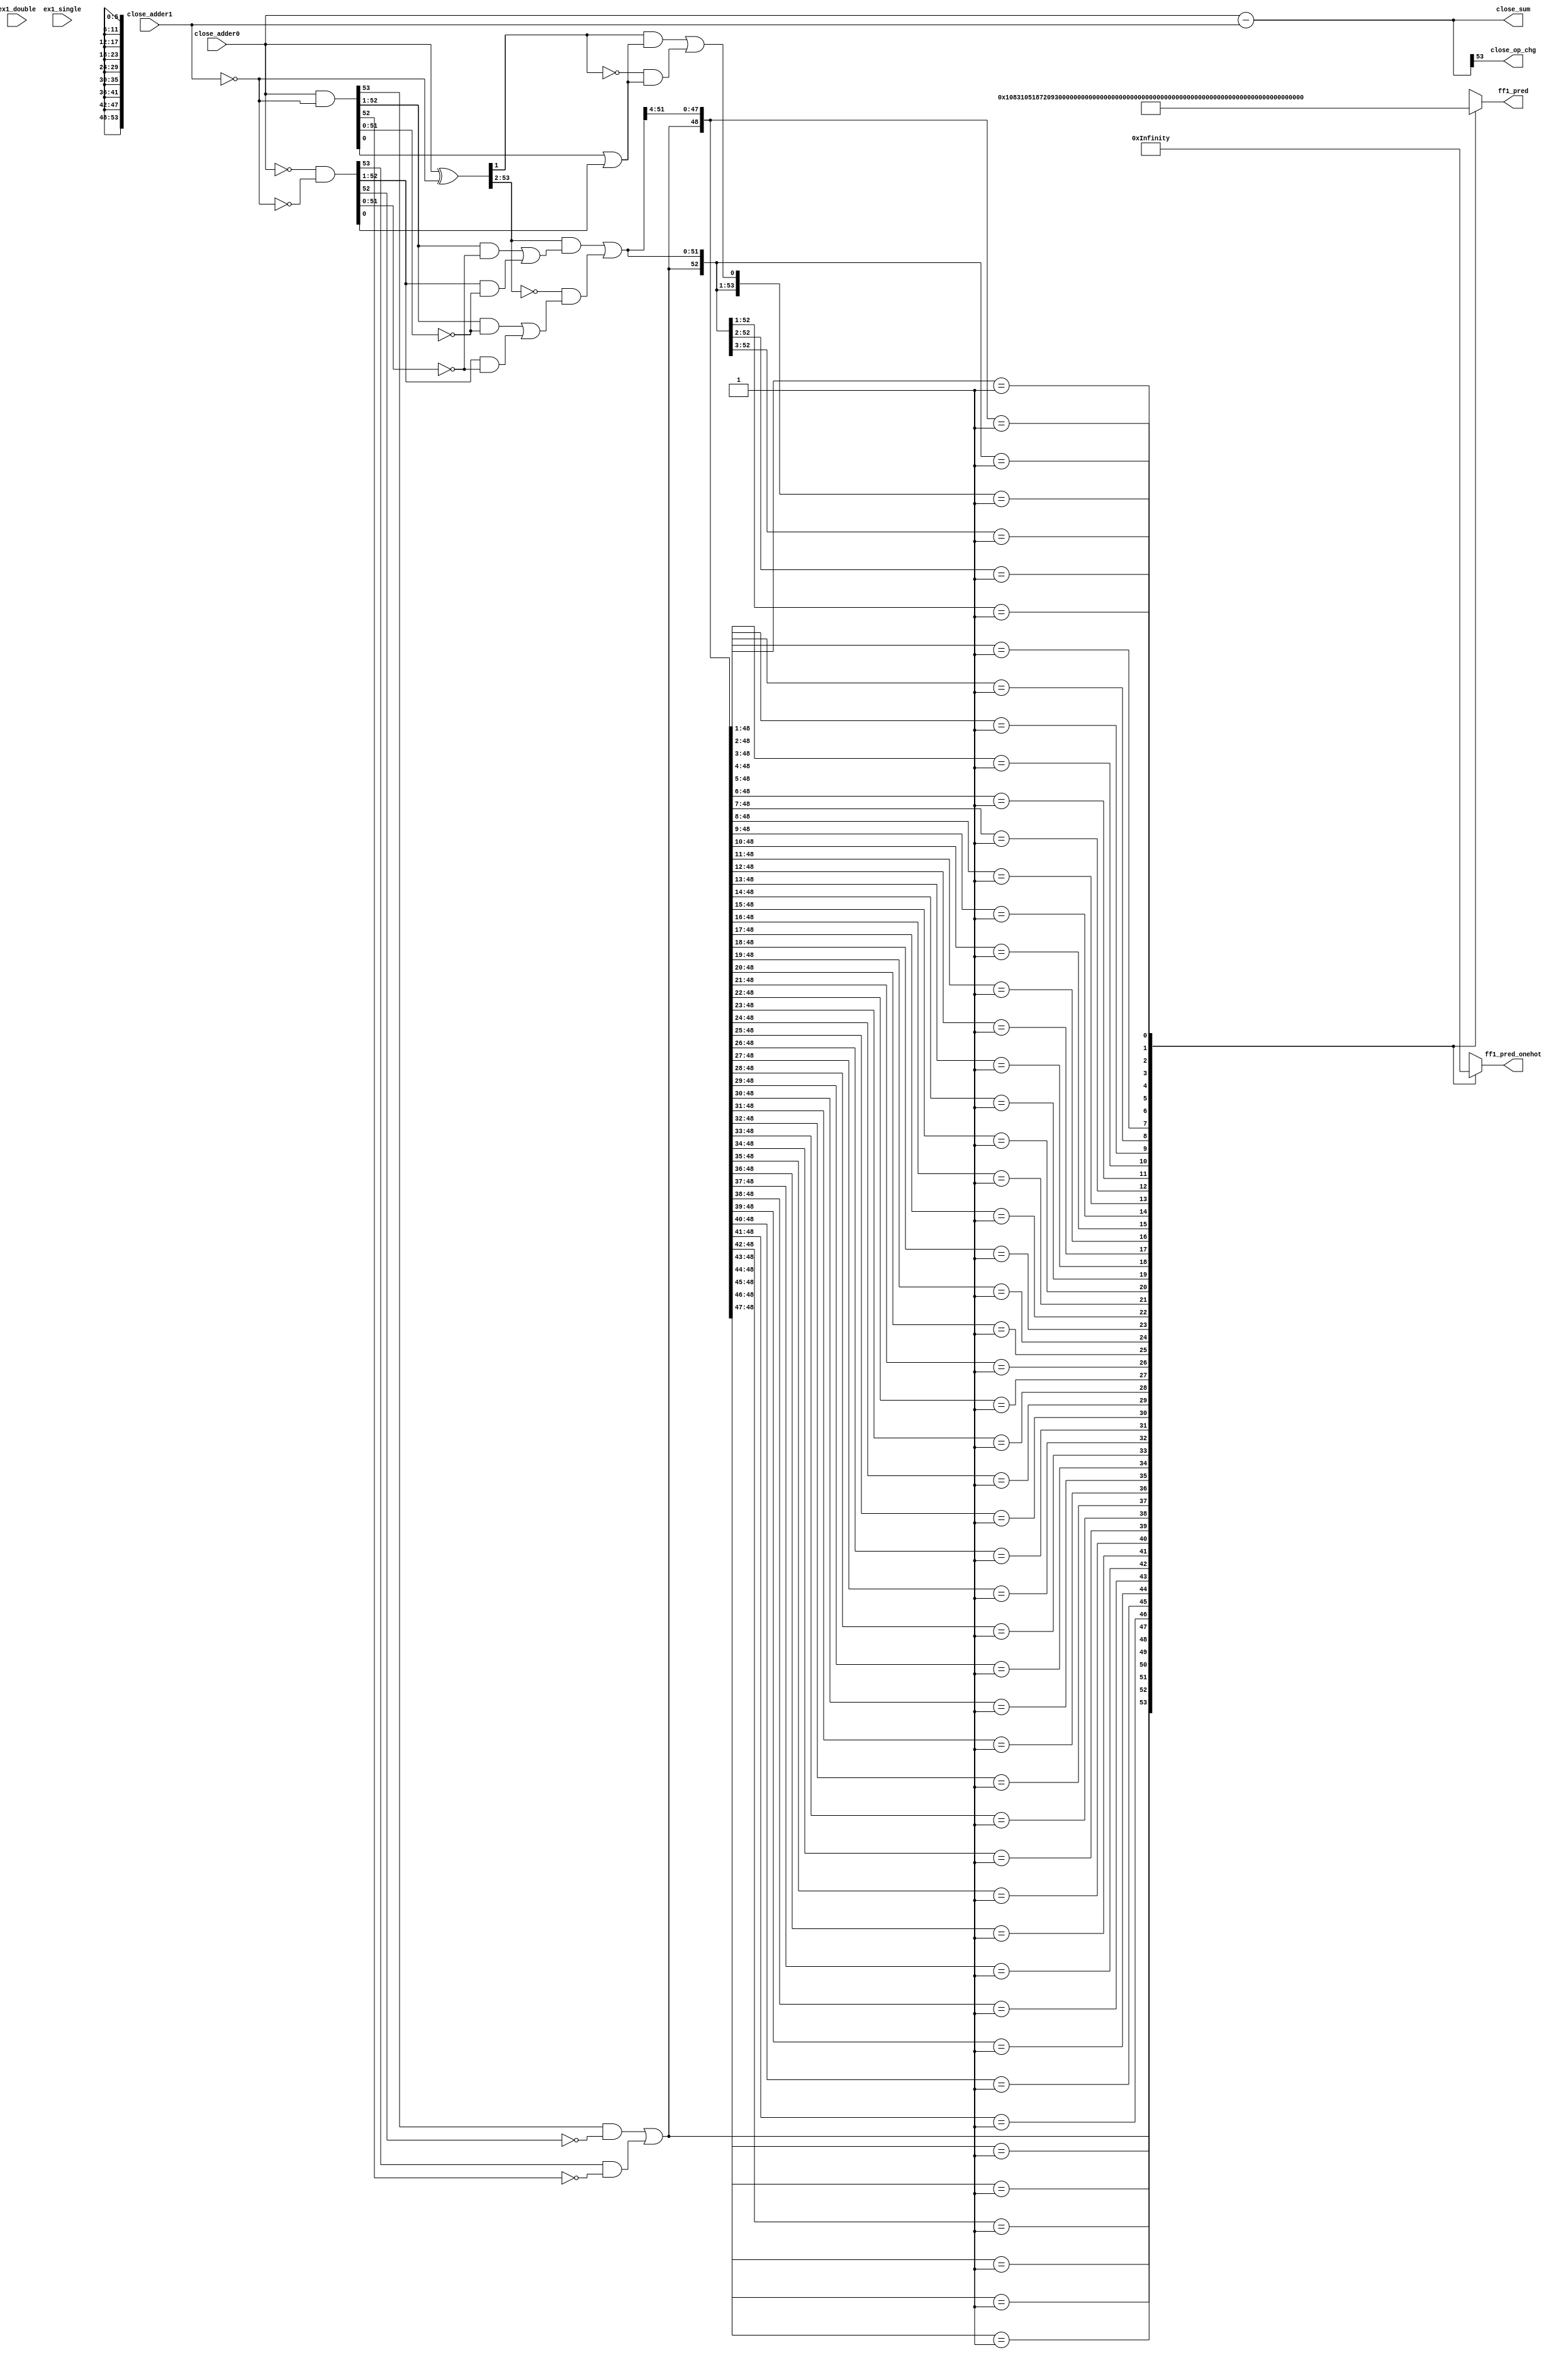
/*Copyright 2019-2021 T-Head Semiconductor Co., Ltd.

Licensed under the Apache License, Version 2.0 (the "License");
you may not use this file except in compliance with the License.
You may obtain a copy of the License at

    http://www.apache.org/licenses/LICENSE-2.0

Unless required by applicable law or agreed to in writing, software
distributed under the License is distributed on an "AS IS" BASIS,
WITHOUT WARRANTIES OR CONDITIONS OF ANY KIND, either express or implied.
See the License for the specific language governing permissions and
limitations under the License.
*/

// &ModuleBeg; @22
module ct_fadd_close_s1_d(
  close_adder0,
  close_adder1,
  close_op_chg,
  close_sum,
  ex1_double,
  ex1_single,
  ff1_pred,
  ff1_pred_onehot
);

// &Ports; @23
input   [53:0]  close_adder0;      
input   [53:0]  close_adder1;      
input           ex1_double;        
input           ex1_single;        
output          close_op_chg;      
output  [53:0]  close_sum;         
output  [5 :0]  ff1_pred;          
output  [53:0]  ff1_pred_onehot;   

// &Regs; @24
reg     [5 :0]  ff1_pred_t0;       
reg     [53:0]  ff1_pred_t0_onehot; 

// &Wires; @25
wire    [53:0]  close_adder0;      
wire    [53:0]  close_adder0_t0;   
wire    [53:0]  close_adder1;      
wire    [53:0]  close_adder1_t0;   
wire    [53:0]  close_ff1_a_t0;    
wire    [53:0]  close_ff1_b_t0;    
wire    [53:0]  close_ff1_c_t0;    
wire    [53:0]  close_ff1_f_t0;    
wire    [53:0]  close_ff1_g_t0;    
wire    [53:0]  close_ff1_t_t0;    
wire    [53:0]  close_ff1_z_t0;    
wire    [53:0]  close_m1_oper2;    
wire            close_op_chg;      
wire    [53:0]  close_sum;         
wire    [53:0]  close_sum_t0;      
wire            ex1_double;        
wire            ex1_single;        
wire    [5 :0]  ff1_pred;          
wire    [53:0]  ff1_pred_onehot;   


//Three Type
//t0 : !src0_e_is_0 && !src1_e_is_0
//t1 : !src0_e_is_0 &&  src1_e_is_0
//t2 :  src0_e_is_0 &&  src1_e_is_0
//assign type0_sel = !src0_e_is_0 && !src1_e_is_0;
//assign type1_sel = !src0_e_is_0 &&  src1_e_is_0;
//assign type2_sel =  src0_e_is_0 &&  src1_e_is_0;

//assign close_sum[53:0]    = {54{type0_sel}} & close_sum_t0[53:0] | 
//                            {54{type1_sel}} & close_sum_t1[53:0] | 
//                            {54{type2_sel}} & close_sum_t2[53:0];
//assign close_sum_m1[53:0] = {54{type0_sel}} & close_sum_m1_t0[53:0] | 
//                            {54{type1_sel}} & close_sum_m1_t1[53:0] | 
//                            {54{type2_sel}} & close_sum_m1_t2[53:0];
//assign ff1_pred[53:0]     = {54{type0_sel}} & ff1_pred_t0_onehot[53:0] | 
//                            {54{type1_sel}} & ff1_pred_t1_onehot[53:0] | 
//                            {54{type2_sel}} & ff1_pred_t2[53:0];                          

assign close_sum[53:0]       = close_sum_t0[53:0];
//assign close_sum_m1[53:0]    = close_sum_m1_t0[53:0];
assign ff1_pred_onehot[53:0] = ff1_pred_t0_onehot[53:0];
assign ff1_pred[5:0]         = ff1_pred_t0[5:0];

assign close_op_chg       = close_sum[53];
// &Force("output","close_sum"); @51

assign close_adder0_t0[53:0] = close_adder0[53:0];
assign close_adder1_t0[53:0] = close_adder1[53:0];
//assign close_adder0_t1[53:0] = close_adder0[53:0];
//assign close_adder1_t1[53:0] = {1'b0, 1'b0, 22'b0, 29'b0};

assign close_m1_oper2[53:0]  = {54{ex1_double}} & 54'b10 |
                               {54{ex1_single}} & {24'b1,30'b0};
// &Force("nonport","close_sum_t0"); @60
// &Force("nonport","close_sum_m1_t0"); @61
// &Force("nonport","close_m1_oper2"); @62
//csky vperl_off
//close_sum0 for F0-F1
assign close_sum_t0[53:0] = $unsigned($signed(close_adder0_t0[53:0]) - $signed(close_adder1_t0[53:0]));
//close_sum0 for F1-F0
//close_sum select, keep sum not negative
//close_sum0_m1
//assign close_sum_m1_t0[53:0] = $unsigned($signed(close_adder0_t0[53:0])
//                                        - $signed(close_adder1_t0[53:0])
//                                        + $signed(close_m1_oper2[53:0]));
//csky vperl_on
//FF1 Logic of Close Path S0
//If predict first 1 set at r[n]
//Actual first 1 may set at r[n+1] or r[n]
//A and B are to oprand
assign close_ff1_a_t0[53:0] = close_adder0_t0[53:0];
assign close_ff1_b_t0[53:0] = close_adder1_t0[53:0];

//C = B && act_add || ~B && act_sub
assign close_ff1_c_t0[53:0] = ~close_ff1_b_t0[53:0];
//T = A^C  G=A&C  Z=(~A)&(~C)
assign close_ff1_t_t0[53:0] = close_ff1_a_t0[53:0] ^ close_ff1_c_t0[53:0];
assign close_ff1_g_t0[53:0] = close_ff1_a_t0[53:0] & close_ff1_c_t0[53:0];
assign close_ff1_z_t0[53:0] = (~close_ff1_a_t0[53:0]) & (~close_ff1_c_t0[53:0]);
//F :
//fn-1 = En[gi(~zi-1) + zi(~gi-1)] + (~En)[gi(~gi-1) + zi(~zi-1)], En=act_sub
//f0   = t1(g0En+z0) + (~t1)(z0En+g0)
//fi   = ti+1[gi(~zi-1) + zi(~gi-1)] + (~ti+1)[gi(~gi-1) + zi(~zi-1)]
assign close_ff1_f_t0[53]   =  ( close_ff1_g_t0[53] & (~close_ff1_z_t0[52])) | 
                               ( close_ff1_z_t0[53] & (~close_ff1_g_t0[52]));
assign close_ff1_f_t0[0]    = (( close_ff1_t_t0[1]) & (close_ff1_g_t0[0] | close_ff1_z_t0[0])) | 
                              ((~close_ff1_t_t0[1]) & (close_ff1_z_t0[0] | close_ff1_g_t0[0]));
assign close_ff1_f_t0[52:1] = (( close_ff1_t_t0[53:2]) & ((close_ff1_g_t0[52:1] & (~close_ff1_z_t0[51:0])) | 
                               ( close_ff1_z_t0[52:1]  & (~close_ff1_g_t0[51:0]))))                     | 
                              ((~close_ff1_t_t0[53:2]) & ((close_ff1_g_t0[52:1] & (~close_ff1_g_t0[51:0])) | 
                               ( close_ff1_z_t0[52:1]  & (~close_ff1_z_t0[51:0]))));                            

// &CombBeg; @99
always @( close_ff1_f_t0[53:0])
begin
casez(close_ff1_f_t0[53:0])
  54'b1????_????????_????????_????????_????????_????????_????????? : begin 
    ff1_pred_t0_onehot[53:0] = 54'b10000_00000000_00000000_00000000_00000000_00000000_000000000; 
    ff1_pred_t0[5:0]         = 6'd0;
  end
  54'b01???_????????_????????_????????_????????_????????_????????? : begin 
    ff1_pred_t0_onehot[53:0] = 54'b01000_00000000_00000000_00000000_00000000_00000000_000000000; 
    ff1_pred_t0[5:0]         = 6'd1;
  end
  54'b001??_????????_????????_????????_????????_????????_????????? : begin 
    ff1_pred_t0_onehot[53:0] = 54'b00100_00000000_00000000_00000000_00000000_00000000_000000000; 
    ff1_pred_t0[5:0]         = 6'd2;
  end
  54'b0001?_????????_????????_????????_????????_????????_????????? : begin 
    ff1_pred_t0_onehot[53:0] = 54'b00010_00000000_00000000_00000000_00000000_00000000_000000000; 
    ff1_pred_t0[5:0]         = 6'd3;
  end
  54'b00001_????????_????????_????????_????????_????????_????????? : begin 
    ff1_pred_t0_onehot[53:0] = 54'b00001_00000000_00000000_00000000_00000000_00000000_000000000; 
    ff1_pred_t0[5:0]         = 6'd4;
  end
  54'b00000_1???????_????????_????????_????????_????????_????????? : begin 
    ff1_pred_t0_onehot[53:0] = 54'b00000_10000000_00000000_00000000_00000000_00000000_000000000; 
    ff1_pred_t0[5:0]         = 6'd5;
  end
  54'b00000_01??????_????????_????????_????????_????????_????????? : begin 
    ff1_pred_t0_onehot[53:0] = 54'b00000_01000000_00000000_00000000_00000000_00000000_000000000; 
    ff1_pred_t0[5:0]         = 6'd6;
  end
  54'b00000_001?????_????????_????????_????????_????????_????????? : begin 
    ff1_pred_t0_onehot[53:0] = 54'b00000_00100000_00000000_00000000_00000000_00000000_000000000; 
    ff1_pred_t0[5:0]         = 6'd7;
  end
  54'b00000_0001????_????????_????????_????????_????????_????????? : begin 
    ff1_pred_t0_onehot[53:0] = 54'b00000_00010000_00000000_00000000_00000000_00000000_000000000; 
    ff1_pred_t0[5:0]         = 6'd8;
  end
  54'b00000_00001???_????????_????????_????????_????????_????????? : begin 
    ff1_pred_t0_onehot[53:0] = 54'b00000_00001000_00000000_00000000_00000000_00000000_000000000; 
    ff1_pred_t0[5:0]         = 6'd9;
  end
  54'b00000_000001??_????????_????????_????????_????????_????????? : begin 
    ff1_pred_t0_onehot[53:0] = 54'b00000_00000100_00000000_00000000_00000000_00000000_000000000; 
    ff1_pred_t0[5:0]         = 6'd10;
  end
  54'b00000_0000001?_????????_????????_????????_????????_????????? : begin 
    ff1_pred_t0_onehot[53:0] = 54'b00000_00000010_00000000_00000000_00000000_00000000_000000000; 
    ff1_pred_t0[5:0]         = 6'd11;
  end
  54'b00000_00000001_????????_????????_????????_????????_????????? : begin 
    ff1_pred_t0_onehot[53:0] = 54'b00000_00000001_00000000_00000000_00000000_00000000_000000000; 
    ff1_pred_t0[5:0]         = 6'd12;
  end
  54'b00000_00000000_1???????_????????_????????_????????_????????? : begin 
    ff1_pred_t0_onehot[53:0] = 54'b00000_00000000_10000000_00000000_00000000_00000000_000000000; 
    ff1_pred_t0[5:0]         = 6'd13;
  end
  54'b00000_00000000_01??????_????????_????????_????????_????????? : begin 
    ff1_pred_t0_onehot[53:0] = 54'b00000_00000000_01000000_00000000_00000000_00000000_000000000; 
    ff1_pred_t0[5:0]         = 6'd14;
  end
  54'b00000_00000000_001?????_????????_????????_????????_????????? : begin 
    ff1_pred_t0_onehot[53:0] = 54'b00000_00000000_00100000_00000000_00000000_00000000_000000000; 
    ff1_pred_t0[5:0]         = 6'd15;
  end
  54'b00000_00000000_0001????_????????_????????_????????_????????? : begin 
    ff1_pred_t0_onehot[53:0] = 54'b00000_00000000_00010000_00000000_00000000_00000000_000000000; 
    ff1_pred_t0[5:0]         = 6'd16;
  end
  54'b00000_00000000_00001???_????????_????????_????????_????????? : begin 
    ff1_pred_t0_onehot[53:0] = 54'b00000_00000000_00001000_00000000_00000000_00000000_000000000; 
    ff1_pred_t0[5:0]         = 6'd17;
  end
  54'b00000_00000000_000001??_????????_????????_????????_????????? : begin 
    ff1_pred_t0_onehot[53:0] = 54'b00000_00000000_00000100_00000000_00000000_00000000_000000000; 
    ff1_pred_t0[5:0]         = 6'd18;
  end
  54'b00000_00000000_0000001?_????????_????????_????????_????????? : begin 
    ff1_pred_t0_onehot[53:0] = 54'b00000_00000000_00000010_00000000_00000000_00000000_000000000; 
    ff1_pred_t0[5:0]         = 6'd19;
  end
  54'b00000_00000000_00000001_????????_????????_????????_????????? : begin 
    ff1_pred_t0_onehot[53:0] = 54'b00000_00000000_00000001_00000000_00000000_00000000_000000000; 
    ff1_pred_t0[5:0]         = 6'd20;
  end
  54'b00000_00000000_00000000_1???????_????????_????????_????????? : begin 
    ff1_pred_t0_onehot[53:0] = 54'b00000_00000000_00000000_10000000_00000000_00000000_000000000; 
    ff1_pred_t0[5:0]         = 6'd21;
  end
  54'b00000_00000000_00000000_01??????_????????_????????_????????? : begin 
    ff1_pred_t0_onehot[53:0] = 54'b00000_00000000_00000000_01000000_00000000_00000000_000000000; 
    ff1_pred_t0[5:0]         = 6'd22;
  end
  54'b00000_00000000_00000000_001?????_????????_????????_????????? : begin 
    ff1_pred_t0_onehot[53:0] = 54'b00000_00000000_00000000_00100000_00000000_00000000_000000000; 
    ff1_pred_t0[5:0]         = 6'd23;
  end
  54'b00000_00000000_00000000_0001????_????????_????????_????????? : begin 
    ff1_pred_t0_onehot[53:0] = 54'b00000_00000000_00000000_00010000_00000000_00000000_000000000; 
    ff1_pred_t0[5:0]         = 6'd24;
  end
  54'b00000_00000000_00000000_00001???_????????_????????_????????? : begin 
    ff1_pred_t0_onehot[53:0] = 54'b00000_00000000_00000000_00001000_00000000_00000000_000000000; 
    ff1_pred_t0[5:0]         = 6'd25;
  end
  54'b00000_00000000_00000000_000001??_????????_????????_????????? : begin 
    ff1_pred_t0_onehot[53:0] = 54'b00000_00000000_00000000_00000100_00000000_00000000_000000000; 
    ff1_pred_t0[5:0]         = 6'd26;
  end
  54'b00000_00000000_00000000_0000001?_????????_????????_????????? : begin 
    ff1_pred_t0_onehot[53:0] = 54'b00000_00000000_00000000_00000010_00000000_00000000_000000000; 
    ff1_pred_t0[5:0]         = 6'd27;
  end
  54'b00000_00000000_00000000_00000001_????????_????????_????????? : begin 
    ff1_pred_t0_onehot[53:0] = 54'b00000_00000000_00000000_00000001_00000000_00000000_000000000; 
    ff1_pred_t0[5:0]         = 6'd28;
  end
  54'b00000_00000000_00000000_00000000_1???????_????????_????????? : begin 
    ff1_pred_t0_onehot[53:0] = 54'b00000_00000000_00000000_00000000_10000000_00000000_000000000; 
    ff1_pred_t0[5:0]         = 6'd29;
  end
  54'b00000_00000000_00000000_00000000_01??????_????????_????????? : begin 
    ff1_pred_t0_onehot[53:0] = 54'b00000_00000000_00000000_00000000_01000000_00000000_000000000; 
    ff1_pred_t0[5:0]         = 6'd30;
  end
  54'b00000_00000000_00000000_00000000_001?????_????????_????????? : begin 
    ff1_pred_t0_onehot[53:0] = 54'b00000_00000000_00000000_00000000_00100000_00000000_000000000; 
    ff1_pred_t0[5:0]         = 6'd31;
  end
  54'b00000_00000000_00000000_00000000_0001????_????????_????????? : begin 
    ff1_pred_t0_onehot[53:0] = 54'b00000_00000000_00000000_00000000_00010000_00000000_000000000; 
    ff1_pred_t0[5:0]         = 6'd32;
  end
  54'b00000_00000000_00000000_00000000_00001???_????????_????????? : begin 
    ff1_pred_t0_onehot[53:0] = 54'b00000_00000000_00000000_00000000_00001000_00000000_000000000; 
    ff1_pred_t0[5:0]         = 6'd33;
  end
  54'b00000_00000000_00000000_00000000_000001??_????????_????????? : begin 
    ff1_pred_t0_onehot[53:0] = 54'b00000_00000000_00000000_00000000_00000100_00000000_000000000; 
    ff1_pred_t0[5:0]         = 6'd34;
  end
  54'b00000_00000000_00000000_00000000_0000001?_????????_????????? : begin 
    ff1_pred_t0_onehot[53:0] = 54'b00000_00000000_00000000_00000000_00000010_00000000_000000000; 
    ff1_pred_t0[5:0]         = 6'd35;
  end
  54'b00000_00000000_00000000_00000000_00000001_????????_????????? : begin 
    ff1_pred_t0_onehot[53:0] = 54'b00000_00000000_00000000_00000000_00000001_00000000_000000000; 
    ff1_pred_t0[5:0]         = 6'd36;
  end
  54'b00000_00000000_00000000_00000000_00000000_1???????_????????? : begin 
    ff1_pred_t0_onehot[53:0] = 54'b00000_00000000_00000000_00000000_00000000_10000000_000000000; 
    ff1_pred_t0[5:0]         = 6'd37;
  end
  54'b00000_00000000_00000000_00000000_00000000_01??????_????????? : begin 
    ff1_pred_t0_onehot[53:0] = 54'b00000_00000000_00000000_00000000_00000000_01000000_000000000; 
    ff1_pred_t0[5:0]         = 6'd38;
  end
  54'b00000_00000000_00000000_00000000_00000000_001?????_????????? : begin 
    ff1_pred_t0_onehot[53:0] = 54'b00000_00000000_00000000_00000000_00000000_00100000_000000000; 
    ff1_pred_t0[5:0]         = 6'd39;
  end
  54'b00000_00000000_00000000_00000000_00000000_0001????_????????? : begin 
    ff1_pred_t0_onehot[53:0] = 54'b00000_00000000_00000000_00000000_00000000_00010000_000000000; 
    ff1_pred_t0[5:0]         = 6'd40;
  end
  54'b00000_00000000_00000000_00000000_00000000_00001???_????????? : begin 
    ff1_pred_t0_onehot[53:0] = 54'b00000_00000000_00000000_00000000_00000000_00001000_000000000; 
    ff1_pred_t0[5:0]         = 6'd41;
  end
  54'b00000_00000000_00000000_00000000_00000000_000001??_????????? : begin 
    ff1_pred_t0_onehot[53:0] = 54'b00000_00000000_00000000_00000000_00000000_00000100_000000000; 
    ff1_pred_t0[5:0]         = 6'd42;
  end
  54'b00000_00000000_00000000_00000000_00000000_0000001?_????????? : begin 
    ff1_pred_t0_onehot[53:0] = 54'b00000_00000000_00000000_00000000_00000000_00000010_000000000; 
    ff1_pred_t0[5:0]         = 6'd43;
  end
  54'b00000_00000000_00000000_00000000_00000000_00000001_????????? : begin 
    ff1_pred_t0_onehot[53:0] = 54'b00000_00000000_00000000_00000000_00000000_00000001_000000000; 
    ff1_pred_t0[5:0]         = 6'd44;
  end
  54'b00000_00000000_00000000_00000000_00000000_00000000_1???????? : begin 
    ff1_pred_t0_onehot[53:0] = 54'b00000_00000000_00000000_00000000_00000000_00000000_100000000; 
    ff1_pred_t0[5:0]         = 6'd45;
  end
  54'b00000_00000000_00000000_00000000_00000000_00000000_01??????? : begin 
    ff1_pred_t0_onehot[53:0] = 54'b00000_00000000_00000000_00000000_00000000_00000000_010000000; 
    ff1_pred_t0[5:0]         = 6'd46;
  end
  54'b00000_00000000_00000000_00000000_00000000_00000000_001?????? : begin 
    ff1_pred_t0_onehot[53:0] = 54'b00000_00000000_00000000_00000000_00000000_00000000_001000000; 
    ff1_pred_t0[5:0]         = 6'd47;
  end
  54'b00000_00000000_00000000_00000000_00000000_00000000_0001????? : begin 
    ff1_pred_t0_onehot[53:0] = 54'b00000_00000000_00000000_00000000_00000000_00000000_000100000; 
    ff1_pred_t0[5:0]         = 6'd48;
  end
  54'b00000_00000000_00000000_00000000_00000000_00000000_00001???? : begin 
    ff1_pred_t0_onehot[53:0] = 54'b00000_00000000_00000000_00000000_00000000_00000000_000010000; 
    ff1_pred_t0[5:0]         = 6'd49;
  end
  54'b00000_00000000_00000000_00000000_00000000_00000000_000001??? : begin 
    ff1_pred_t0_onehot[53:0] = 54'b00000_00000000_00000000_00000000_00000000_00000000_000001000; 
    ff1_pred_t0[5:0]         = 6'd50;
  end
  54'b00000_00000000_00000000_00000000_00000000_00000000_0000001?? : begin 
    ff1_pred_t0_onehot[53:0] = 54'b00000_00000000_00000000_00000000_00000000_00000000_000000100;
    ff1_pred_t0[5:0]         = 6'd51;
  end
  54'b00000_00000000_00000000_00000000_00000000_00000000_00000001? : begin 
    ff1_pred_t0_onehot[53:0] = 54'b00000_00000000_00000000_00000000_00000000_00000000_000000010;
    ff1_pred_t0[5:0]         = 6'd52;
  end
  54'b00000_00000000_00000000_00000000_00000000_00000000_000000001 : begin 
    ff1_pred_t0_onehot[53:0] = 54'b00000_00000000_00000000_00000000_00000000_00000000_000000001;
    ff1_pred_t0[5:0]         = 6'd53;
  end

  default : begin 
    ff1_pred_t0_onehot[53:0] = {54{1'bx}};
    ff1_pred_t0[5:0]         = {6{1'bx}};
  end
endcase
// &CombEnd; @323
end

////close_sum0 for F0-F1
//assign close_sum_t1[53:0] = close_adder0_t1[53:0] + ~close_adder1_t1[53:0] + 54'b1;
////close_sum0 for F1-F0
////close_sum select, keep sum not negative
////close_sum0_m1
//assign close_sum_m1_t1[53:0] = close_adder0_t1[53:0] + ~close_adder1_t1[53:0];
//
////FF1 Logic of Close Path S0
////If predict first 1 set at r[n]
////Actual first 1 may set at r[n+1] or r[n]
////A and B are to oprand
//assign close_ff1_a_t1[53:0] = close_adder0_t1[53:0];
//assign close_ff1_b_t1[53:0] = close_adder1_t1[53:0];
//
////C = B && act_add || ~B && act_sub
//assign close_ff1_c_t1[53:0] = ~close_ff1_b_t1[53:0];
////T = A^C  G=A&C  Z=(~A)&(~C)
//assign close_ff1_t_t1[53:0] = close_ff1_a_t1[53:0] ^ close_ff1_c_t1[53:0];
//assign close_ff1_g_t1[53:0] = close_ff1_a_t1[53:0] & close_ff1_c_t1[53:0];
//assign close_ff1_z_t1[53:0] = (~close_ff1_a_t1[53:0]) & (~close_ff1_c_t1[53:0]);
////F :
////fn-1 = En[gi(~zi-1) + zi(~gi-1)] + (~En)[gi(~gi-1) + zi(~zi-1)], En=act_sub
////f0   = t1(g0En+z0) + (~t1)(z0En+g0)
////fi   = ti+1[gi(~zi-1) + zi(~gi-1)] + (~ti+1)[gi(~gi-1) + zi(~zi-1)]
//assign close_ff1_f_t1[53]   =  ( close_ff1_g_t1[53] & (~close_ff1_z_t1[52])) | 
//                               ( close_ff1_z_t1[53] & (~close_ff1_g_t1[52]));
//assign close_ff1_f_t1[0]    = (( close_ff1_t_t1[1]) & (close_ff1_g_t1[0] | close_ff1_z_t1[0])) | 
//                              ((~close_ff1_t_t1[1]) & (close_ff1_z_t1[0] | close_ff1_g_t1[0]));
//assign close_ff1_f_t1[52:1] = (( close_ff1_t_t1[53:2]) & ((close_ff1_g_t1[52:1] & (~close_ff1_z_t1[51:0])) | 
//                               ( close_ff1_z_t1[52:1]  & (~close_ff1_g_t1[51:0]))))                        | 
//                              ((~close_ff1_t_t1[53:2]) & ((close_ff1_g_t1[52:1] & (~close_ff1_g_t1[51:0])) | 
//                               ( close_ff1_z_t1[52:1]  & (~close_ff1_z_t1[51:0]))));                            
//
//
//&CombBeg;
//casez(close_ff1_f_t1[53:0])
//  54'b1????_????????_????????_????????_????????_????????_????????? : begin 
//    ff1_pred_t1_onehot[53:0] = 54'b10000_00000000_00000000_00000000_00000000_00000000_000000000; 
//    ff1_pred_t1[5:0]         = 6'd0;
//  end
//  54'b01???_????????_????????_????????_????????_????????_????????? : begin 
//    ff1_pred_t1_onehot[53:0] = 54'b01000_00000000_00000000_00000000_00000000_00000000_000000000; 
//    ff1_pred_t1[5:0]         = 6'd1;
//  end
//  54'b001??_????????_????????_????????_????????_????????_????????? : begin 
//    ff1_pred_t1_onehot[53:0] = 54'b00100_00000000_00000000_00000000_00000000_00000000_000000000; 
//    ff1_pred_t1[5:0]         = 6'd2;
//  end
//  54'b0001?_????????_????????_????????_????????_????????_????????? : begin 
//    ff1_pred_t1_onehot[53:0] = 54'b00010_00000000_00000000_00000000_00000000_00000000_000000000; 
//    ff1_pred_t1[5:0]         = 6'd3;
//  end
//  54'b00001_????????_????????_????????_????????_????????_????????? : begin 
//    ff1_pred_t1_onehot[53:0] = 54'b00001_00000000_00000000_00000000_00000000_00000000_000000000; 
//    ff1_pred_t1[5:0]         = 6'd4;
//  end
//  54'b00000_1???????_????????_????????_????????_????????_????????? : begin 
//    ff1_pred_t1_onehot[53:0] = 54'b00000_10000000_00000000_00000000_00000000_00000000_000000000; 
//    ff1_pred_t1[5:0]         = 6'd5;
//  end
//  54'b00000_01??????_????????_????????_????????_????????_????????? : begin 
//    ff1_pred_t1_onehot[53:0] = 54'b00000_01000000_00000000_00000000_00000000_00000000_000000000; 
//    ff1_pred_t1[5:0]         = 6'd6;
//  end
//  54'b00000_001?????_????????_????????_????????_????????_????????? : begin 
//    ff1_pred_t1_onehot[53:0] = 54'b00000_00100000_00000000_00000000_00000000_00000000_000000000; 
//    ff1_pred_t1[5:0]         = 6'd7;
//  end
//  54'b00000_0001????_????????_????????_????????_????????_????????? : begin 
//    ff1_pred_t1_onehot[53:0] = 54'b00000_00010000_00000000_00000000_00000000_00000000_000000000; 
//    ff1_pred_t1[5:0]         = 6'd8;
//  end
//  54'b00000_00001???_????????_????????_????????_????????_????????? : begin 
//    ff1_pred_t1_onehot[53:0] = 54'b00000_00001000_00000000_00000000_00000000_00000000_000000000; 
//    ff1_pred_t1[5:0]         = 6'd9;
//  end
//  54'b00000_000001??_????????_????????_????????_????????_????????? : begin 
//    ff1_pred_t1_onehot[53:0] = 54'b00000_00000100_00000000_00000000_00000000_00000000_000000000; 
//    ff1_pred_t1[5:0]         = 6'd10;
//  end
//  54'b00000_0000001?_????????_????????_????????_????????_????????? : begin 
//    ff1_pred_t1_onehot[53:0] = 54'b00000_00000010_00000000_00000000_00000000_00000000_000000000; 
//    ff1_pred_t1[5:0]         = 6'd11;
//  end
//  54'b00000_00000001_????????_????????_????????_????????_????????? : begin 
//    ff1_pred_t1_onehot[53:0] = 54'b00000_00000001_00000000_00000000_00000000_00000000_000000000; 
//    ff1_pred_t1[5:0]         = 6'd12;
//  end
//  54'b00000_00000000_1???????_????????_????????_????????_????????? : begin 
//    ff1_pred_t1_onehot[53:0] = 54'b00000_00000000_10000000_00000000_00000000_00000000_000000000; 
//    ff1_pred_t1[5:0]         = 6'd13;
//  end
//  54'b00000_00000000_01??????_????????_????????_????????_????????? : begin 
//    ff1_pred_t1_onehot[53:0] = 54'b00000_00000000_01000000_00000000_00000000_00000000_000000000; 
//    ff1_pred_t1[5:0]         = 6'd14;
//  end
//  54'b00000_00000000_001?????_????????_????????_????????_????????? : begin 
//    ff1_pred_t1_onehot[53:0] = 54'b00000_00000000_00100000_00000000_00000000_00000000_000000000; 
//    ff1_pred_t1[5:0]         = 6'd15;
//  end
//  54'b00000_00000000_0001????_????????_????????_????????_????????? : begin 
//    ff1_pred_t1_onehot[53:0] = 54'b00000_00000000_00010000_00000000_00000000_00000000_000000000; 
//    ff1_pred_t1[5:0]         = 6'd16;
//  end
//  54'b00000_00000000_00001???_????????_????????_????????_????????? : begin 
//    ff1_pred_t1_onehot[53:0] = 54'b00000_00000000_00001000_00000000_00000000_00000000_000000000; 
//    ff1_pred_t1[5:0]         = 6'd17;
//  end
//  54'b00000_00000000_000001??_????????_????????_????????_????????? : begin 
//    ff1_pred_t1_onehot[53:0] = 54'b00000_00000000_00000100_00000000_00000000_00000000_000000000; 
//    ff1_pred_t1[5:0]         = 6'd18;
//  end
//  54'b00000_00000000_0000001?_????????_????????_????????_????????? : begin 
//    ff1_pred_t1_onehot[53:0] = 54'b00000_00000000_00000010_00000000_00000000_00000000_000000000; 
//    ff1_pred_t1[5:0]         = 6'd19;
//  end
//  54'b00000_00000000_00000001_????????_????????_????????_????????? : begin 
//    ff1_pred_t1_onehot[53:0] = 54'b00000_00000000_00000001_00000000_00000000_00000000_000000000; 
//    ff1_pred_t1[5:0]         = 6'd20;
//  end
//  54'b00000_00000000_00000000_1???????_????????_????????_????????? : begin 
//    ff1_pred_t1_onehot[53:0] = 54'b00000_00000000_00000000_10000000_00000000_00000000_000000000; 
//    ff1_pred_t1[5:0]         = 6'd21;
//  end
//  54'b00000_00000000_00000000_01??????_????????_????????_????????? : begin 
//    ff1_pred_t1_onehot[53:0] = 54'b00000_00000000_00000000_01000000_00000000_00000000_000000000; 
//    ff1_pred_t1[5:0]         = 6'd22;
//  end
//  54'b00000_00000000_00000000_001?????_????????_????????_????????? : begin 
//    ff1_pred_t1_onehot[53:0] = 54'b00000_00000000_00000000_00100000_00000000_00000000_000000000; 
//    ff1_pred_t1[5:0]         = 6'd23;
//  end
//  54'b00000_00000000_00000000_0001????_????????_????????_????????? : begin 
//    ff1_pred_t1_onehot[53:0] = 54'b00000_00000000_00000000_00010000_00000000_00000000_000000000; 
//    ff1_pred_t1[5:0]         = 6'd24;
//  end
//  54'b00000_00000000_00000000_00001???_????????_????????_????????? : begin 
//    ff1_pred_t1_onehot[53:0] = 54'b00000_00000000_00000000_00001000_00000000_00000000_000000000; 
//    ff1_pred_t1[5:0]         = 6'd25;
//  end
//  54'b00000_00000000_00000000_000001??_????????_????????_????????? : begin 
//    ff1_pred_t1_onehot[53:0] = 54'b00000_00000000_00000000_00000100_00000000_00000000_000000000; 
//    ff1_pred_t1[5:0]         = 6'd26;
//  end
//  54'b00000_00000000_00000000_0000001?_????????_????????_????????? : begin 
//    ff1_pred_t1_onehot[53:0] = 54'b00000_00000000_00000000_00000010_00000000_00000000_000000000; 
//    ff1_pred_t1[5:0]         = 6'd27;
//  end
//  54'b00000_00000000_00000000_00000001_????????_????????_????????? : begin 
//    ff1_pred_t1_onehot[53:0] = 54'b00000_00000000_00000000_00000001_00000000_00000000_000000000; 
//    ff1_pred_t1[5:0]         = 6'd28;
//  end
//  54'b00000_00000000_00000000_00000000_1???????_????????_????????? : begin 
//    ff1_pred_t1_onehot[53:0] = 54'b00000_00000000_00000000_00000000_10000000_00000000_000000000; 
//    ff1_pred_t1[5:0]         = 6'd29;
//  end
//  54'b00000_00000000_00000000_00000000_01??????_????????_????????? : begin 
//    ff1_pred_t1_onehot[53:0] = 54'b00000_00000000_00000000_00000000_01000000_00000000_000000000; 
//    ff1_pred_t1[5:0]         = 6'd30;
//  end
//  54'b00000_00000000_00000000_00000000_001?????_????????_????????? : begin 
//    ff1_pred_t1_onehot[53:0] = 54'b00000_00000000_00000000_00000000_00100000_00000000_000000000; 
//    ff1_pred_t1[5:0]         = 6'd31;
//  end
//  54'b00000_00000000_00000000_00000000_0001????_????????_????????? : begin 
//    ff1_pred_t1_onehot[53:0] = 54'b00000_00000000_00000000_00000000_00010000_00000000_000000000; 
//    ff1_pred_t1[5:0]         = 6'd32;
//  end
//  54'b00000_00000000_00000000_00000000_00001???_????????_????????? : begin 
//    ff1_pred_t1_onehot[53:0] = 54'b00000_00000000_00000000_00000000_00001000_00000000_000000000; 
//    ff1_pred_t1[5:0]         = 6'd33;
//  end
//  54'b00000_00000000_00000000_00000000_000001??_????????_????????? : begin 
//    ff1_pred_t1_onehot[53:0] = 54'b00000_00000000_00000000_00000000_00000100_00000000_000000000; 
//    ff1_pred_t1[5:0]         = 6'd34;
//  end
//  54'b00000_00000000_00000000_00000000_0000001?_????????_????????? : begin 
//    ff1_pred_t1_onehot[53:0] = 54'b00000_00000000_00000000_00000000_00000010_00000000_000000000; 
//    ff1_pred_t1[5:0]         = 6'd35;
//  end
//  54'b00000_00000000_00000000_00000000_00000001_????????_????????? : begin 
//    ff1_pred_t1_onehot[53:0] = 54'b00000_00000000_00000000_00000000_00000001_00000000_000000000; 
//    ff1_pred_t1[5:0]         = 6'd36;
//  end
//  54'b00000_00000000_00000000_00000000_00000000_1???????_????????? : begin 
//    ff1_pred_t1_onehot[53:0] = 54'b00000_00000000_00000000_00000000_00000000_10000000_000000000; 
//    ff1_pred_t1[5:0]         = 6'd37;
//  end
//  54'b00000_00000000_00000000_00000000_00000000_01??????_????????? : begin 
//    ff1_pred_t1_onehot[53:0] = 54'b00000_00000000_00000000_00000000_00000000_01000000_000000000; 
//    ff1_pred_t1[5:0]         = 6'd38;
//  end
//  54'b00000_00000000_00000000_00000000_00000000_001?????_????????? : begin 
//    ff1_pred_t1_onehot[53:0] = 54'b00000_00000000_00000000_00000000_00000000_00100000_000000000; 
//    ff1_pred_t1[5:0]         = 6'd39;
//  end
//  54'b00000_00000000_00000000_00000000_00000000_0001????_????????? : begin 
//    ff1_pred_t1_onehot[53:0] = 54'b00000_00000000_00000000_00000000_00000000_00010000_000000000; 
//    ff1_pred_t1[5:0]         = 6'd40;
//  end
//  54'b00000_00000000_00000000_00000000_00000000_00001???_????????? : begin 
//    ff1_pred_t1_onehot[53:0] = 54'b00000_00000000_00000000_00000000_00000000_00001000_000000000; 
//    ff1_pred_t1[5:0]         = 6'd41;
//  end
//  54'b00000_00000000_00000000_00000000_00000000_000001??_????????? : begin 
//    ff1_pred_t1_onehot[53:0] = 54'b00000_00000000_00000000_00000000_00000000_00000100_000000000; 
//    ff1_pred_t1[5:0]         = 6'd42;
//  end
//  54'b00000_00000000_00000000_00000000_00000000_0000001?_????????? : begin 
//    ff1_pred_t1_onehot[53:0] = 54'b00000_00000000_00000000_00000000_00000000_00000010_000000000; 
//    ff1_pred_t1[5:0]         = 6'd43;
//  end
//  54'b00000_00000000_00000000_00000000_00000000_00000001_????????? : begin 
//    ff1_pred_t1_onehot[53:0] = 54'b00000_00000000_00000000_00000000_00000000_00000001_000000000; 
//    ff1_pred_t1[5:0]         = 6'd44;
//  end
//  54'b00000_00000000_00000000_00000000_00000000_00000000_1???????? : begin 
//    ff1_pred_t1_onehot[53:0] = 54'b00000_00000000_00000000_00000000_00000000_00000000_100000000; 
//    ff1_pred_t1[5:0]         = 6'd45;
//  end
//  54'b00000_00000000_00000000_00000000_00000000_00000000_01??????? : begin 
//    ff1_pred_t1_onehot[53:0] = 54'b00000_00000000_00000000_00000000_00000000_00000000_010000000; 
//    ff1_pred_t1[5:0]         = 6'd46;
//  end
//  54'b00000_00000000_00000000_00000000_00000000_00000000_001?????? : begin 
//    ff1_pred_t1_onehot[53:0] = 54'b00000_00000000_00000000_00000000_00000000_00000000_001000000; 
//    ff1_pred_t1[5:0]         = 6'd47;
//  end
//  54'b00000_00000000_00000000_00000000_00000000_00000000_0001????? : begin 
//    ff1_pred_t1_onehot[53:0] = 54'b00000_00000000_00000000_00000000_00000000_00000000_000100000; 
//    ff1_pred_t1[5:0]         = 6'd48;
//  end
//  54'b00000_00000000_00000000_00000000_00000000_00000000_00001???? : begin 
//    ff1_pred_t1_onehot[53:0] = 54'b00000_00000000_00000000_00000000_00000000_00000000_000010000; 
//    ff1_pred_t1[5:0]         = 6'd49;
//  end
//  54'b00000_00000000_00000000_00000000_00000000_00000000_000001?? : begin 
//    ff1_pred_t1_onehot[53:0] = 54'b00000_00000000_00000000_00000000_00000000_00000000_000001000; 
//    ff1_pred_t1[5:0]         = 6'd51;
//  end
//  54'b00000_00000000_00000000_00000000_00000000_00000000_0000001? : begin 
//    ff1_pred_t1_onehot[53:0] = 54'b00000_00000000_00000000_00000000_00000000_00000000_00000010;
//    ff1_pred_t1[5:0]         = 6'd52;
//  end
//  54'b00000_00000000_00000000_00000000_00000000_00000000_00000001 : begin 
//    ff1_pred_t1_onehot[53:0] = 54'b00000_00000000_00000000_00000000_00000000_00000000_00000001;
//    ff1_pred_t1[5:0]         = 6'd53;
//  end
//  default : begin 
//    ff1_pred_t1_onehot[53:0] = 54'b00000_00000000_00000000_00000000_00000000_00000000_000000000; 
//    ff1_pred_t1[5:0]         = 6'd0;
//  end
//endcase
//&CombEnd;
//
//
//assign close_sum_t2[53:0]       = 54'b0;
//assign close_sum_m1_t2[53:0]    = 54'h1f_ffff_ffff_ffff;
//assign ff1_pred_t2_onehot[53:0] = 54'b0;
//assign ff1_pred_t2[5:0]         = 6'h0;
//
// &ModuleEnd; @586
endmodule